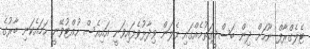
ޓެލެގްރާފް ނޫހަށް ދިން ބަސްދީގަތުމެއްގައި ފެލަން ވިދާޅުވެފައިވަނީ އައިއެސް ހުއްޓުވޭނީ ހަމައެކަނި ބާރުގެ